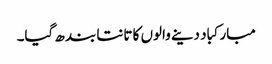
مبارکباد دینے والوں کا تانتا بند ھ گیا۔